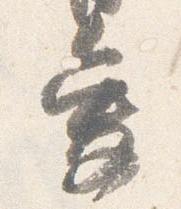
愛